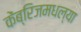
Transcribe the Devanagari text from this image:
केंब्रिजमधल्या